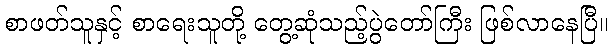
စာဖတ်သူနှင့် စာရေးသူတို့ တွေ့ဆုံသည့်ပွဲတော်ကြီး ဖြစ်လာနေပြီ။